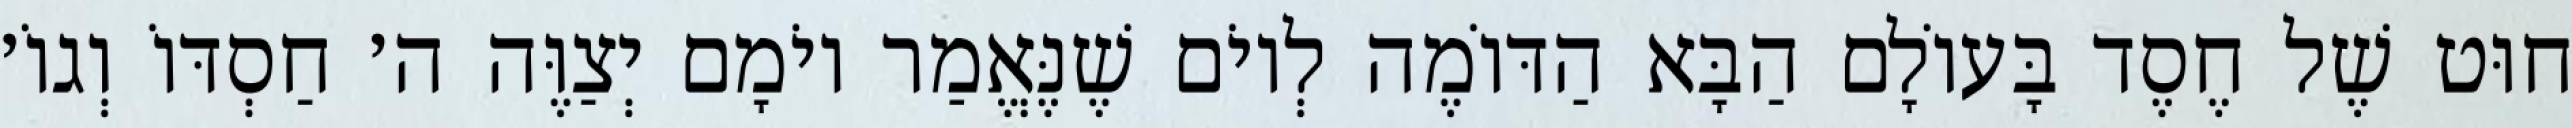
חוּט שֶׁל חֶסֶד בָּעוֹלָם הַבָּא הַדּוֹמֶה לְיוֹם שֶׁנֶּאֱמַר יוֹמָם יְצַוֶּה ה׳ חַסְדּוֹ וְגוֹ׳